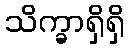
သိက္ခာရှိရှိ